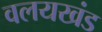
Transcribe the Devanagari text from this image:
वलयखंड